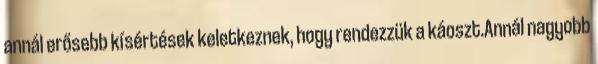
annál erősebb kísértések keletkeznek, hogy rendezzük a káoszt.Annál nagyobb